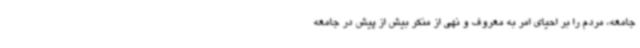
جامعه، مردم را بر احیای امر به معروف و نهی از منکر بیش از پیش در جامعه